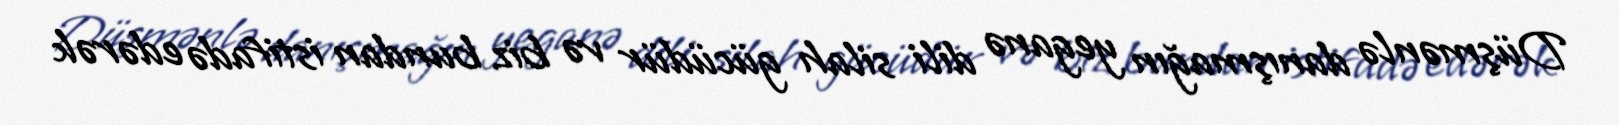
Düşmənlə danışmağın yeganə dili silah gücüdür və biz bundan istifadə edərək